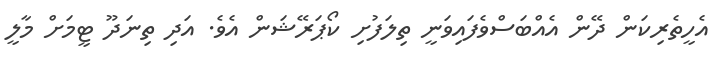
އެހީތެރިކަން ދޭން އެއްބަސްވެފައިވަނީ ތިލަފުށި ކޯޕަރޭޝަން އެވެ. އަދި ތިނަދޫ ޓީމަށް މާލީ